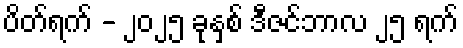
ပိတ်ရက် - ၂၀၂၅ ခုနှစ် ဒီဇင်ဘာလ ၂၅ ရက်